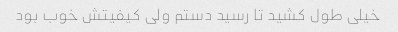
خیلی طول کشید تا رسید دستم ولی کیفیتش خوب بود